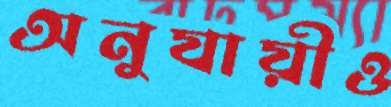
অনুযায়ীও